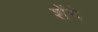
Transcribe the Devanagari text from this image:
शेंगे